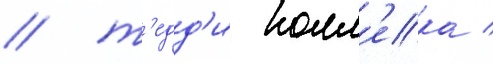
/ т'едд'и колл'ека /